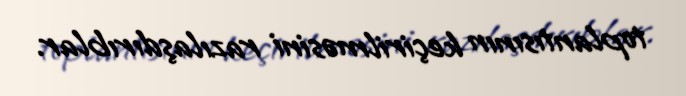
toplantısının keçirilməsini razılaşdırıblar.